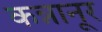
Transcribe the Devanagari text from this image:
कन्नानूर